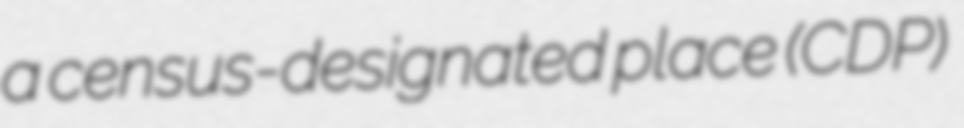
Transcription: a census-designated place (CDP)